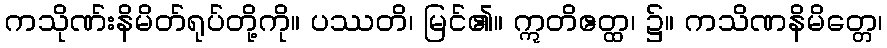
ကသိုဏ်းနိမိတ်ရုပ်တို့ကို။ ပဿတိ၊ မြင်၏။ ဣတိဧတ္ထ၊ ၌။ ကသိဏနိမိတ္တေ၊